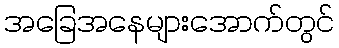
အခြေအနေများအောက်တွင်